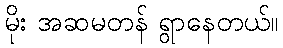
မိုး အဆမတန် ရွာနေတယ်။